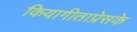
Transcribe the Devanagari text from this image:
कियागीताप्रेसके